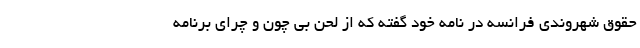
حقوق شهروندی فرانسه در نامه خود گفته که از لحن بی چون و چرای برنامه